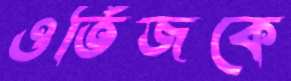
ওর্তিজকে